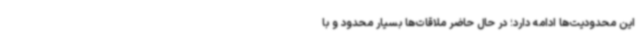
این محدودیت‌ها ادامه دارد؛ در حال حاضر ملاقات‌ها بسیار محدود و با